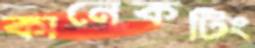
কানেকটিং